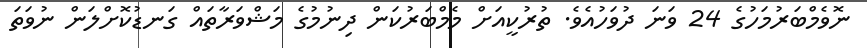
ނޮވެމްބަރުމަހުގެ 24 ވަނަ ދުވަހުއެވެ. ތުރުކީއަށް މެމްބަރުކަން ދިނުމުގެ މަޝްވަރާތައް ގަނޑުކޮށްލަން ނުވަތަ